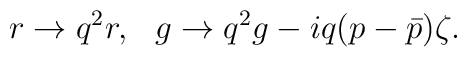
r \rightarrow q^2 r, \,\,\,\, g \rightarrow q^2 g - iq(p -\bar{p})\zeta.